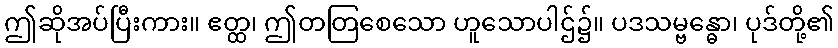
ဤဆိုအပ်ပြီးကား။ ဧတ္ထ၊ ဤတတြစေသော ဟူသောပါဌ်၌။ ပဒသမ္ဗန္ဓော၊ ပုဒ်တို့၏